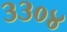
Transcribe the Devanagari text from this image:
३३०४